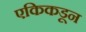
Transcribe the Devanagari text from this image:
एकिकडून